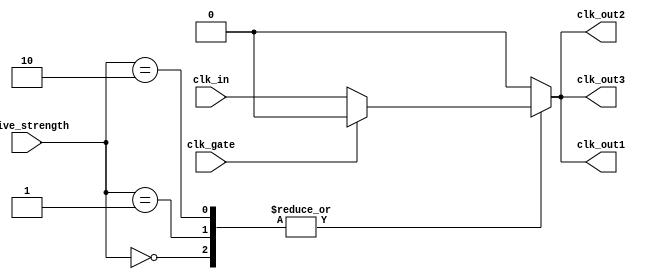
module ClockTreeBuffer (
    input wire clk_in,             // Clock Input
    input wire [1:0] drive_strength, // Programmable drive strength (2'b00: low, 2'b01: medium, 2'b10: high)
    input wire clk_gate,           // Clock gating control signal
    output reg clk_out1,           // Clock Output 1
    output reg clk_out2,           // Clock Output 2
    output reg clk_out3            // Clock Output 3
);

// Internal signals
wire gated_clk;

// Clock Gating Logic
assign gated_clk = (clk_gate) ? 1'b0 : clk_in;

// Buffer Cells
always @(gated_clk) begin
    case (drive_strength)
        2'b00: begin
            // Low drive strength
            clk_out1 <= gated_clk; // Simple buffer
            clk_out2 <= gated_clk; // Simple buffer
            clk_out3 <= gated_clk; // Simple buffer
        end
        2'b01: begin
            // Medium drive strength (add delay or additional logic if needed)
            clk_out1 <= gated_clk; // Medium strength buffer
            clk_out2 <= gated_clk; // Medium strength buffer
            clk_out3 <= gated_clk; // Medium strength buffer
        end
        2'b10: begin
            // High drive strength (add more amplification)
            clk_out1 <= gated_clk; // High strength buffer
            clk_out2 <= gated_clk; // High strength buffer
            clk_out3 <= gated_clk; // High strength buffer
        end
        default: begin
            // Default case (safe state if invalid drive strength)
            clk_out1 <= 1'b0;
            clk_out2 <= 1'b0;
            clk_out3 <= 1'b0;
        end
    endcase
end

endmodule